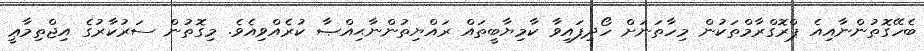
ބެހޭގޮތުންނާއިއެ ޕްރޮގްރާމްތަކުން މިހާތަނަށް ހޯދިފައިވާ ކާމިޔާބީތައް ރައްޔިތުންނާޙިއްޞާ ކުރެއްވިއެވެ. މިގޮތުން ސަރުކާރުގެ އިޖްތިމާޢީ